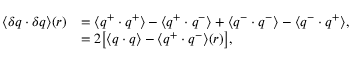
\begin{array} { r l } { \langle \delta \boldsymbol { q } \cdot \delta \boldsymbol { q } \rangle ( \boldsymbol { r } ) } & { = \langle \boldsymbol { q } ^ { + } \cdot \boldsymbol { q } ^ { + } \rangle - \langle \boldsymbol { q } ^ { + } \cdot \boldsymbol { q } ^ { - } \rangle + \langle \boldsymbol { q } ^ { - } \cdot \boldsymbol { q } ^ { - } \rangle - \langle \boldsymbol { q } ^ { - } \cdot \boldsymbol { q } ^ { + } \rangle , } \\ & { = 2 \big [ \langle \boldsymbol { q } \cdot \boldsymbol { q } \rangle - \langle \boldsymbol { q } ^ { + } \cdot \boldsymbol { q } ^ { - } \rangle ( \boldsymbol { r } ) \big ] , } \end{array}